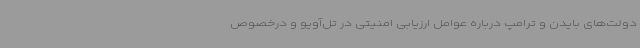
دولت‌های بایدن و ترامپ درباره عوامل ارزیابی امنیتی در تل‌آویو و درخصوص